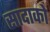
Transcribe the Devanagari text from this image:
सादाको